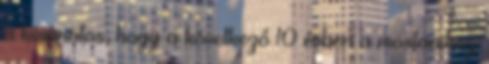
a kívánatos, hogy a következő 10 évben a mostanihoz